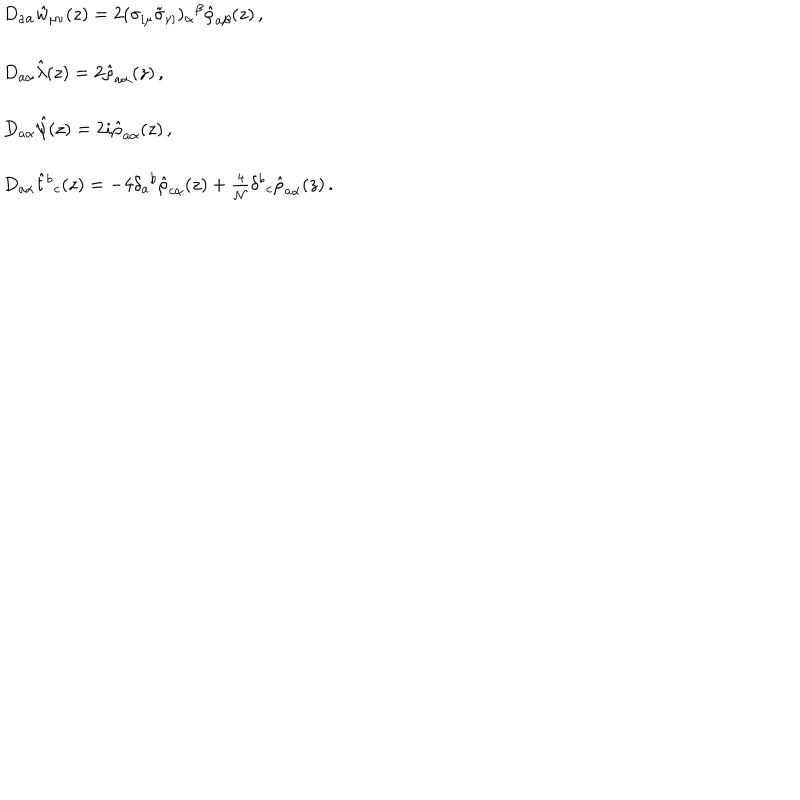
\begin{array} { l } { { D _ { a \alpha } \hat { w } _ { \mu \nu } ( z ) = 2 ( \sigma _ { [ \mu } \tilde { \sigma } _ { \nu ] } ) _ { \alpha } { } ^ { \beta } \hat { \rho } _ { a \beta } ( z ) \, , } } \\ { { { } } } \\ { { D _ { a \alpha } \hat { \lambda } ( z ) = 2 \hat { \rho } _ { a \alpha } ( z ) \, , } } \\ { { { } } } \\ { { D _ { a \alpha } \hat { \psi } ( z ) = 2 i \hat { \rho } _ { a \alpha } ( z ) \, , } } \\ { { { } } } \\ { { D _ { a \alpha } \hat { t } { } ^ { b } { } _ { c } ( z ) = - 4 \delta _ { a } { } ^ { b } \hat { \rho } _ { c \alpha } ( z ) + \textstyle { \frac { 4 } { { \cal N } } } \delta ^ { b } { } _ { c } \hat { \rho } _ { a \alpha } ( z ) \, . } } \\ \end{array}